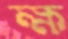
ক্ষ